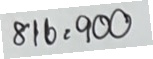
816 = 900